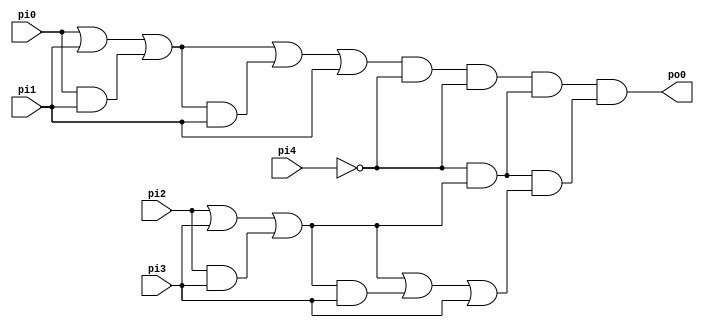
module test_14( pi0, pi1, pi2, pi3, pi4, po0 );
  input pi0, pi1, pi2, pi3, pi4;
  output po0;
  wire w1;
  wire tmp0;
  assign tmp0 = 1'b1;
  wire tmp1;
  assign tmp1 = pi0;
  wire tmp2;
  assign tmp2 = pi1;
  wire tmp3;
  assign tmp3 = (tmp0 & tmp1) | (tmp0 & tmp2) | (tmp1 & tmp2);
  wire tmp4;
  assign tmp4 = pi0;
  wire tmp5;
  assign tmp5 = 1'b1;
  wire tmp6;
  assign tmp6 = 1'b1;
  wire tmp7;
  assign tmp7 = (tmp4 & tmp5) | (tmp4 & tmp6) | (tmp5 & tmp6);
  wire tmp8;
  assign tmp8 = pi1;
  wire tmp9;
  assign tmp9 = 1'b1;
  wire tmp10;
  assign tmp10 = 1'b0;
  wire tmp11;
  assign tmp11 = (tmp8 & tmp9) | (tmp8 & tmp10) | (tmp9 & tmp10);
  wire tmp12;
  assign tmp12 = (tmp3 & tmp7) | (tmp3 & tmp11) | (tmp7 & tmp11);
  assign w1 = tmp12;
  wire tmp13;
  assign tmp13 = w1;
  wire tmp14;
  assign tmp14 = ~pi4;
  wire tmp15;
  assign tmp15 = 1'b0;
  wire tmp16;
  assign tmp16 = (tmp13 & tmp14) | (tmp13 & tmp15) | (tmp14 & tmp15);
  wire tmp17;
  assign tmp17 = ~pi4;
  wire tmp18;
  assign tmp18 = 1'b1;
  wire tmp19;
  assign tmp19 = 1'b0;
  wire tmp20;
  assign tmp20 = (tmp17 & tmp18) | (tmp17 & tmp19) | (tmp18 & tmp19);
  wire tmp21;
  assign tmp21 = 1'b0;
  wire tmp22;
  assign tmp22 = 1'b0;
  wire tmp23;
  assign tmp23 = 1'b0;
  wire tmp24;
  assign tmp24 = (tmp21 & tmp22) | (tmp21 & tmp23) | (tmp22 & tmp23);
  wire tmp25;
  assign tmp25 = (tmp16 & tmp20) | (tmp16 & tmp24) | (tmp20 & tmp24);
  wire tmp26;
  assign tmp26 = ~pi4;
  wire tmp27;
  assign tmp27 = 1'b1;
  wire tmp28;
  assign tmp28 = 1'b0;
  wire tmp29;
  assign tmp29 = (tmp26 & tmp27) | (tmp26 & tmp28) | (tmp27 & tmp28);
  wire tmp30;
  assign tmp30 = 1'b1;
  wire tmp31;
  assign tmp31 = pi2;
  wire tmp32;
  assign tmp32 = pi3;
  wire tmp33;
  assign tmp33 = (tmp30 & tmp31) | (tmp30 & tmp32) | (tmp31 & tmp32);
  wire tmp34;
  assign tmp34 = 1'b0;
  wire tmp35;
  assign tmp35 = pi3;
  wire tmp36;
  assign tmp36 = 1'b0;
  wire tmp37;
  assign tmp37 = (tmp34 & tmp35) | (tmp34 & tmp36) | (tmp35 & tmp36);
  wire tmp38;
  assign tmp38 = (tmp29 & tmp33) | (tmp29 & tmp37) | (tmp33 & tmp37);
  wire tmp39;
  assign tmp39 = 1'b0;
  wire tmp40;
  assign tmp40 = 1'b0;
  wire tmp41;
  assign tmp41 = 1'b0;
  wire tmp42;
  assign tmp42 = (tmp39 & tmp40) | (tmp39 & tmp41) | (tmp40 & tmp41);
  wire tmp43;
  assign tmp43 = 1'b0;
  wire tmp44;
  assign tmp44 = pi3;
  wire tmp45;
  assign tmp45 = 1'b0;
  wire tmp46;
  assign tmp46 = (tmp43 & tmp44) | (tmp43 & tmp45) | (tmp44 & tmp45);
  wire tmp47;
  assign tmp47 = 1'b0;
  wire tmp48;
  assign tmp48 = 1'b0;
  wire tmp49;
  assign tmp49 = 1'b0;
  wire tmp50;
  assign tmp50 = (tmp47 & tmp48) | (tmp47 & tmp49) | (tmp48 & tmp49);
  wire tmp51;
  assign tmp51 = (tmp42 & tmp46) | (tmp42 & tmp50) | (tmp46 & tmp50);
  wire tmp52;
  assign tmp52 = (tmp25 & tmp38) | (tmp25 & tmp51) | (tmp38 & tmp51);
  wire tmp53;
  assign tmp53 = ~pi4;
  wire tmp54;
  assign tmp54 = 1'b1;
  wire tmp55;
  assign tmp55 = 1'b0;
  wire tmp56;
  assign tmp56 = (tmp53 & tmp54) | (tmp53 & tmp55) | (tmp54 & tmp55);
  wire tmp57;
  assign tmp57 = 1'b1;
  wire tmp58;
  assign tmp58 = pi2;
  wire tmp59;
  assign tmp59 = pi3;
  wire tmp60;
  assign tmp60 = (tmp57 & tmp58) | (tmp57 & tmp59) | (tmp58 & tmp59);
  wire tmp61;
  assign tmp61 = 1'b0;
  wire tmp62;
  assign tmp62 = pi3;
  wire tmp63;
  assign tmp63 = 1'b0;
  wire tmp64;
  assign tmp64 = (tmp61 & tmp62) | (tmp61 & tmp63) | (tmp62 & tmp63);
  wire tmp65;
  assign tmp65 = (tmp56 & tmp60) | (tmp56 & tmp64) | (tmp60 & tmp64);
  wire tmp66;
  assign tmp66 = 1'b1;
  wire tmp67;
  assign tmp67 = pi2;
  wire tmp68;
  assign tmp68 = pi3;
  wire tmp69;
  assign tmp69 = (tmp66 & tmp67) | (tmp66 & tmp68) | (tmp67 & tmp68);
  wire tmp70;
  assign tmp70 = pi2;
  wire tmp71;
  assign tmp71 = 1'b1;
  wire tmp72;
  assign tmp72 = 1'b1;
  wire tmp73;
  assign tmp73 = (tmp70 & tmp71) | (tmp70 & tmp72) | (tmp71 & tmp72);
  wire tmp74;
  assign tmp74 = pi3;
  wire tmp75;
  assign tmp75 = 1'b1;
  wire tmp76;
  assign tmp76 = 1'b0;
  wire tmp77;
  assign tmp77 = (tmp74 & tmp75) | (tmp74 & tmp76) | (tmp75 & tmp76);
  wire tmp78;
  assign tmp78 = (tmp69 & tmp73) | (tmp69 & tmp77) | (tmp73 & tmp77);
  wire tmp79;
  assign tmp79 = 1'b0;
  wire tmp80;
  assign tmp80 = pi3;
  wire tmp81;
  assign tmp81 = 1'b0;
  wire tmp82;
  assign tmp82 = (tmp79 & tmp80) | (tmp79 & tmp81) | (tmp80 & tmp81);
  wire tmp83;
  assign tmp83 = pi3;
  wire tmp84;
  assign tmp84 = 1'b1;
  wire tmp85;
  assign tmp85 = 1'b0;
  wire tmp86;
  assign tmp86 = (tmp83 & tmp84) | (tmp83 & tmp85) | (tmp84 & tmp85);
  wire tmp87;
  assign tmp87 = 1'b0;
  wire tmp88;
  assign tmp88 = 1'b0;
  wire tmp89;
  assign tmp89 = 1'b0;
  wire tmp90;
  assign tmp90 = (tmp87 & tmp88) | (tmp87 & tmp89) | (tmp88 & tmp89);
  wire tmp91;
  assign tmp91 = (tmp82 & tmp86) | (tmp82 & tmp90) | (tmp86 & tmp90);
  wire tmp92;
  assign tmp92 = (tmp65 & tmp78) | (tmp65 & tmp91) | (tmp78 & tmp91);
  wire tmp93;
  assign tmp93 = 1'b0;
  wire tmp94;
  assign tmp94 = 1'b0;
  wire tmp95;
  assign tmp95 = 1'b0;
  wire tmp96;
  assign tmp96 = (tmp93 & tmp94) | (tmp93 & tmp95) | (tmp94 & tmp95);
  wire tmp97;
  assign tmp97 = 1'b0;
  wire tmp98;
  assign tmp98 = pi3;
  wire tmp99;
  assign tmp99 = 1'b0;
  wire tmp100;
  assign tmp100 = (tmp97 & tmp98) | (tmp97 & tmp99) | (tmp98 & tmp99);
  wire tmp101;
  assign tmp101 = 1'b0;
  wire tmp102;
  assign tmp102 = 1'b0;
  wire tmp103;
  assign tmp103 = 1'b0;
  wire tmp104;
  assign tmp104 = (tmp101 & tmp102) | (tmp101 & tmp103) | (tmp102 & tmp103);
  wire tmp105;
  assign tmp105 = (tmp96 & tmp100) | (tmp96 & tmp104) | (tmp100 & tmp104);
  wire tmp106;
  assign tmp106 = 1'b0;
  wire tmp107;
  assign tmp107 = pi3;
  wire tmp108;
  assign tmp108 = 1'b0;
  wire tmp109;
  assign tmp109 = (tmp106 & tmp107) | (tmp106 & tmp108) | (tmp107 & tmp108);
  wire tmp110;
  assign tmp110 = pi3;
  wire tmp111;
  assign tmp111 = 1'b1;
  wire tmp112;
  assign tmp112 = 1'b0;
  wire tmp113;
  assign tmp113 = (tmp110 & tmp111) | (tmp110 & tmp112) | (tmp111 & tmp112);
  wire tmp114;
  assign tmp114 = 1'b0;
  wire tmp115;
  assign tmp115 = 1'b0;
  wire tmp116;
  assign tmp116 = 1'b0;
  wire tmp117;
  assign tmp117 = (tmp114 & tmp115) | (tmp114 & tmp116) | (tmp115 & tmp116);
  wire tmp118;
  assign tmp118 = (tmp109 & tmp113) | (tmp109 & tmp117) | (tmp113 & tmp117);
  wire tmp119;
  assign tmp119 = 1'b0;
  wire tmp120;
  assign tmp120 = 1'b0;
  wire tmp121;
  assign tmp121 = 1'b0;
  wire tmp122;
  assign tmp122 = (tmp119 & tmp120) | (tmp119 & tmp121) | (tmp120 & tmp121);
  wire tmp123;
  assign tmp123 = 1'b0;
  wire tmp124;
  assign tmp124 = 1'b0;
  wire tmp125;
  assign tmp125 = 1'b0;
  wire tmp126;
  assign tmp126 = (tmp123 & tmp124) | (tmp123 & tmp125) | (tmp124 & tmp125);
  wire tmp127;
  assign tmp127 = 1'b0;
  wire tmp128;
  assign tmp128 = 1'b0;
  wire tmp129;
  assign tmp129 = 1'b0;
  wire tmp130;
  assign tmp130 = (tmp127 & tmp128) | (tmp127 & tmp129) | (tmp128 & tmp129);
  wire tmp131;
  assign tmp131 = (tmp122 & tmp126) | (tmp122 & tmp130) | (tmp126 & tmp130);
  wire tmp132;
  assign tmp132 = (tmp105 & tmp118) | (tmp105 & tmp131) | (tmp118 & tmp131);
  wire tmp133;
  assign tmp133 = (tmp52 & tmp92) | (tmp52 & tmp132) | (tmp92 & tmp132);
  assign po0 = tmp133;
endmodule // test_14